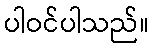
ပါဝင်ပါသည်။